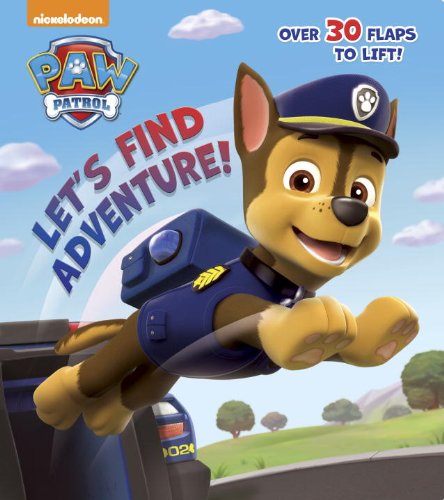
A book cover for Let's Find Adventure! (Paw Patrol) (Nifty Lift-and-Look); Random House; Children's Books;